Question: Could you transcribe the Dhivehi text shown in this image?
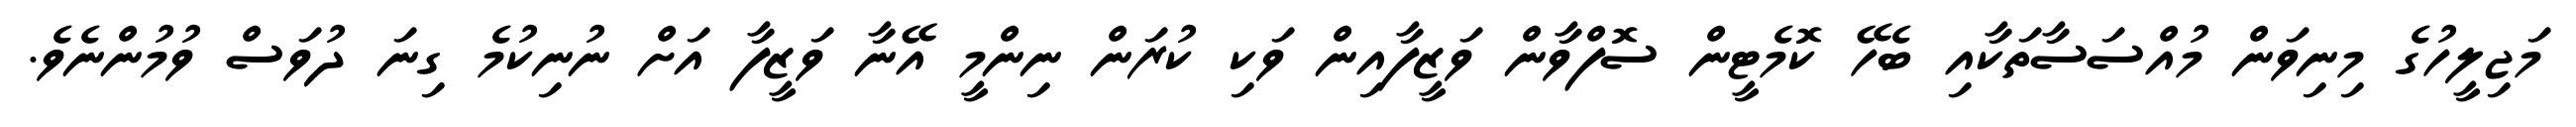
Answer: މަޖިލީހުގެ މިނިވަން މުއްސަސާތަކާއި ބެހޭ ކޮމެޓީން ސޮފްވާން ވަޒީފާއިން ވަކި ކުރަން ނިންމީ އޭނާ ވަޒީފާ އަށް ނުނިކުމެ ގިނަ ދުވަސް ވުމުންނެވެ.